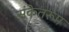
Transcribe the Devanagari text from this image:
संकेतरूप